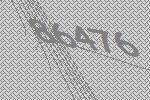
86476